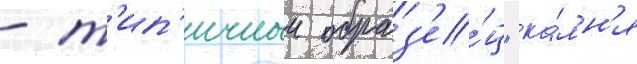
- т'ип'ичныи образ'е́ц "ка́мн'я